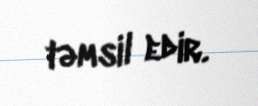
təmsil edir.